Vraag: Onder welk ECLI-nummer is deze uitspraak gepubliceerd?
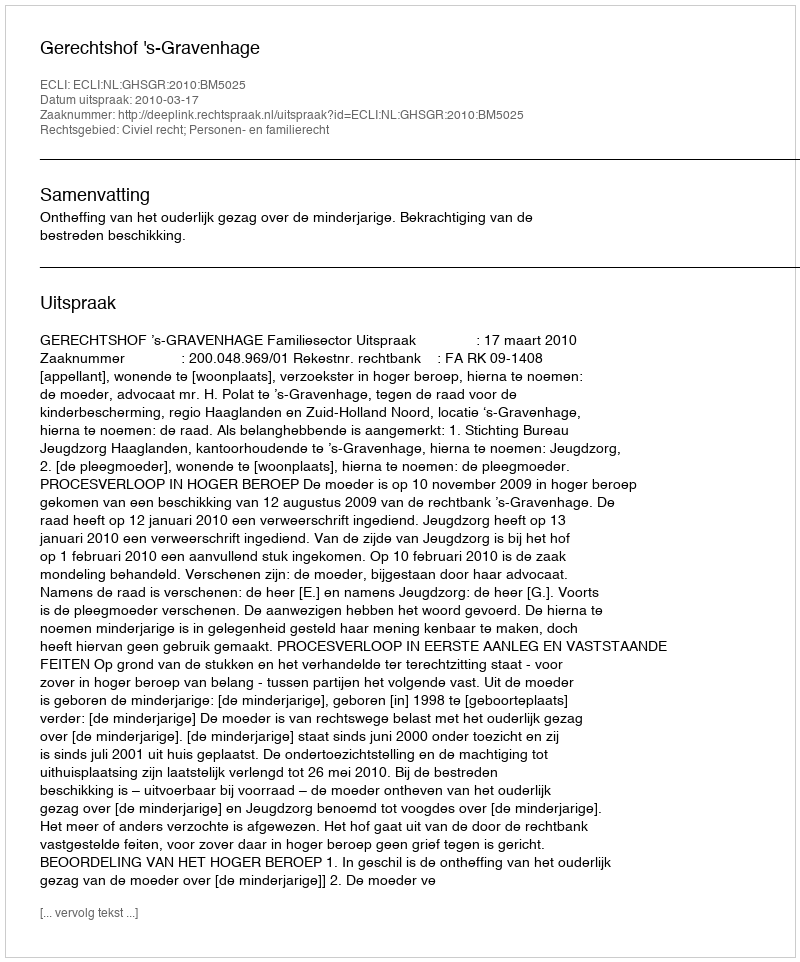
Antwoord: ECLI:NL:GHSGR:2010:BM5025